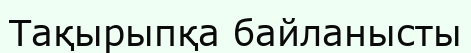
Тақырыпқа байланысты